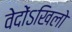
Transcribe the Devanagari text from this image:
वेदोंऽखिलो